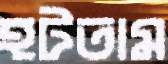
হটতাম